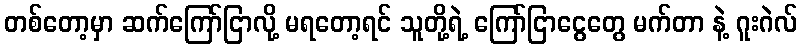
တစ်တော့မှာ ဆက်ကြော်ငြာလို့ မရတော့ရင် သူတို့ရဲ့ ကြော်ငြာငွေတွေ မက်တာ နဲ့ ဂူးဂဲလ်